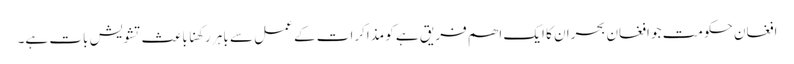
افغان حکومت جو افغان بحران کا ایک اھم فریق ہے کو مذاکرات کے عمل سے باہر رکھنا باعث تشویش بات ہے۔